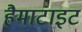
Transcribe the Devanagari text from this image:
हैमाटाइट